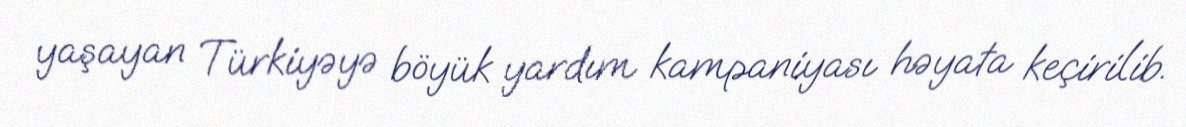
yaşayan Türkiyəyə böyük yardım kampaniyası həyata keçirilib.